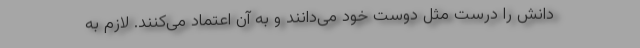
دانش را درست مثل دوست خود می‌دانند و به آن اعتماد می‌کنند. لازم به